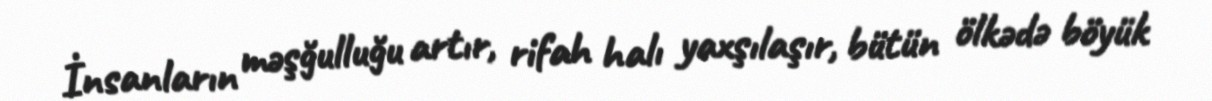
İnsanların məşğulluğu artır, rifah halı yaxşılaşır, bütün ölkədə böyük